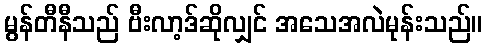
မွန်တီနီသည် ဗီးလာ့ဒ်ဆိုလျှင် အသေအလဲမုန်းသည်။